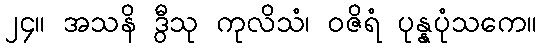
၂၄။ အသနိ ဒွီသု ကုလိသံ၊ ဝဇိရံ ပုန္နပုံသကေ။